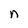
Character: n